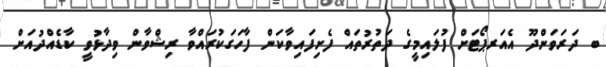
ބ ދަރަވަންދޫ އެއަރޕޯޓަށް ފުލައިމީގެ ދަތުރުތައް ފެށިފައިވާކަން ފާހަގަކުރައްވާ ރިޝްވާން ވިދާޅުވީ ކާޑެއްދުއަށް